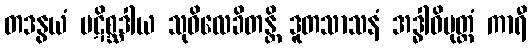
တဒနွယံ ပဋိစ္ဆဒါယ သုဝိလေခိတန္တိ ဒူတသာသနံ အဒ္ဓါဝိမုတ္တံ ကာရီ